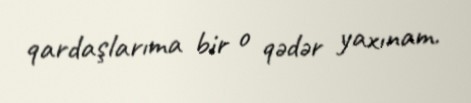
qardaşlarıma bir o qədər yaxınam.